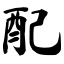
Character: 配